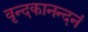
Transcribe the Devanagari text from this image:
वृन्दकानन्दनं